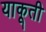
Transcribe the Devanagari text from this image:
याकूती